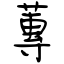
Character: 蓴